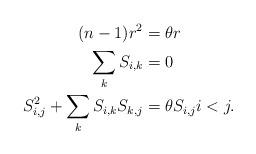
LaTeX: \begin{align*} (n-1)r^2 &=\theta r\\ \sum_kS_{i,k} &=0 \\ S_{i,j}^2+\sum_kS_{i,k}S_{k,j}&=\theta S_{i,j} i<j .\end{align*}